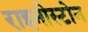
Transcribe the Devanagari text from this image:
राइनोस्टोन